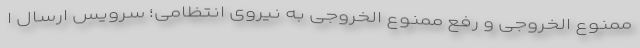
ممنوع الخروجی و رفع ممنوع الخروجی به نیروی انتظامی؛ سرویس ارسال ا